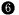
6